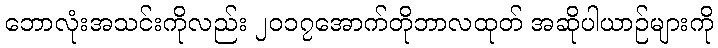
ဘောလုံးအသင်းကိုလည်း ၂၀၁၇အောက်တိုဘာလထုတ် အဆိုပါယာဉ်များကို